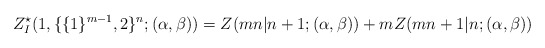
\begin{align*}\begin{aligned}Z^{\star}_{I}(1,\{\{1\}^{m-1},2\}^{n};(\alpha,\beta))=Z(mn|n+1;(\alpha,\beta))+mZ(mn+1|n;(\alpha,\beta))\end{aligned}\end{align*}